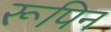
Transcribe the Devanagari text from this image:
रूपिन